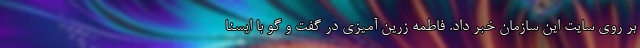
بر روی سایت این سازمان خبر داد. فاطمه زرین آمیزی در گفت و گو با ایسنا